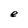
Character: e